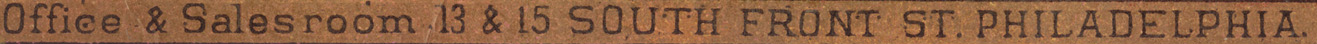
Office & Salesroom 13 & 15 SOUTH FRONT ST. PHILADELPHIA.